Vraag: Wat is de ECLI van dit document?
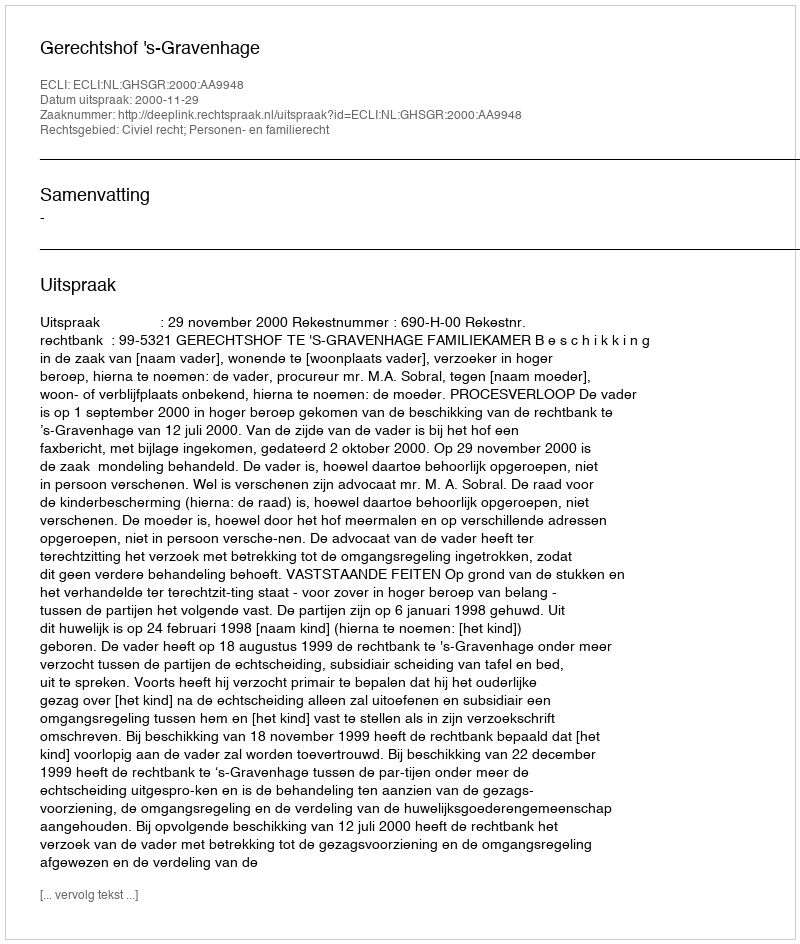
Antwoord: ECLI:NL:GHSGR:2000:AA9948